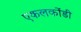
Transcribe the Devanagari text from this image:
एकलकोंडी